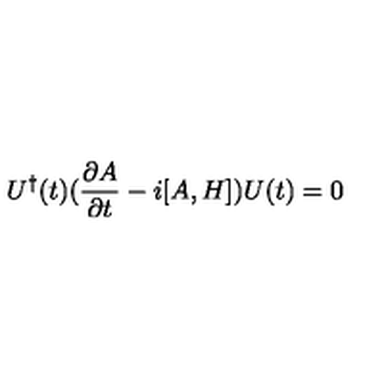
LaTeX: U ^ { \dagger } ( t ) ( { \frac { \partial A } { \partial t } } - i [ A , H ] ) U ( t ) = 0 \nonumber